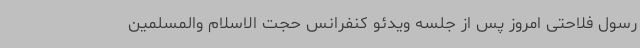
رسول فلاحتی امروز پس از جلسه ویدئو کنفرانس حجت الاسلام والمسلمین